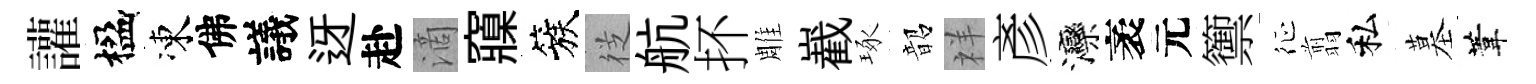
讙楹凍佛議迓赴滴䆿簇徔航抔雕嶻琢韶祥彥灤袤元籞征翦私墓葦